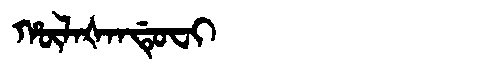
Manchu: ᡥᡡᠯᠠᡧᠠᠨᡩᡠᠸᡳ
Romanization: HŪLAŠANDUFI